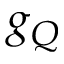
g _ { Q }